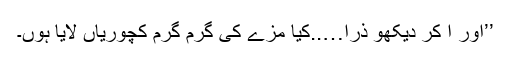
’’اور آ کر دیکھو ذرا…..کیا مزے کی گرم گرم کچوریاں لایا ہوں۔